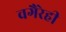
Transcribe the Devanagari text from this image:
वगैरेही